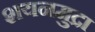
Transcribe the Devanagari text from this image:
शयनमुद्रा